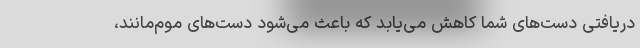
دریافتی دست‌های شما کاهش می‌یابد که باعث می‌شود دست‌های موم‌مانند،